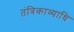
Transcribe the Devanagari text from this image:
तंत्रिकाव्याधि